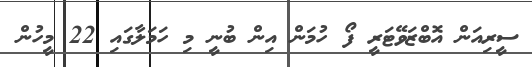
ސީރިއަން އޮބްޒަވޭޓަރީ ފޯ ހުމަން އިން ބުނީ މި ހަމަލާގައި 22 މީހުން